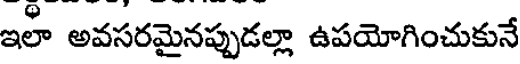
ఇలా అవసరమైనప్పుడల్లా ఉపయోగించుకునే